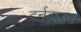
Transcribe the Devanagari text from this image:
टर्नडाउन